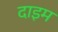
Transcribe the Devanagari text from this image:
दाइम